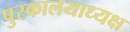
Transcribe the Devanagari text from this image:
पुस्कालयाध्यक्ष